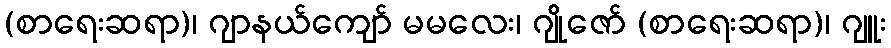
(စာရေးဆရာ)၊ ဂျာနယ်ကျော် မမလေး၊ ဂျိုဇော် (စာရေးဆရာ)၊ ဂျူး